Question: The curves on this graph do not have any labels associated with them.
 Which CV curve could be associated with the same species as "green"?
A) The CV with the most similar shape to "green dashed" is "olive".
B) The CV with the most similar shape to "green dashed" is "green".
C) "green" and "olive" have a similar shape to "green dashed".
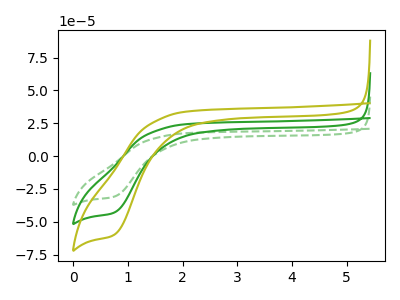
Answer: <think>The green dashed curve "green dashed" has a cathodic peak at: (0.75V, -30.75uA). The green curve "green" has a cathodic peak at: (0.75V, -42.85uA). The olive curve "olive" has a cathodic peak at: (0.75V, -85.70uA).
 All the peaks in "green dashed" have a peak in "green" at the same potential. Every peak in "green dashed" is lower than every peak in "green". All the peaks in "green dashed" have a peak in "olive" at the same potential. Every peak in "green dashed" is lower than every peak in "olive". All the peaks in "green" have a peak in "olive" at the same potential. Every peak in "green" is lower than every peak in "olive".</think>
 <answer>C) "green" and "olive" have a similar shape to "green dashed".</answer>
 <eval>C</eval>